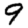
Digit: 9